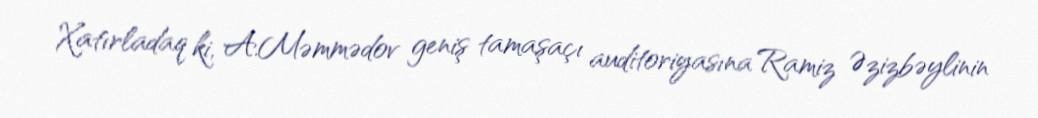
Xatırladaq ki, A.Məmmədov geniş tamaşaçı auditoriyasına Ramiz Əzizbəylinin